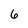
Character: 6